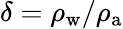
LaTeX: \delta=\rho_{\mathrm{w}}/\rho_{\mathrm{a}}